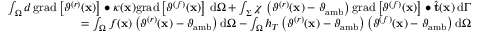
\begin{array} { r } { \int _ { \Omega } d \, \mathrm { g r a d } \left[ \vartheta ^ { ( r ) } ( \mathbf { x } ) \right] \bullet \kappa ( \mathbf { x } ) \mathrm { g r a d } \left[ \vartheta ^ { ( f ) } ( \mathbf { x } ) \right] \, \mathrm { d } \Omega + \int _ { \Sigma } \chi \, \left( \vartheta ^ { ( r ) } ( \mathbf { x } ) - \vartheta _ { \mathrm { a m b } } \right) \mathrm { g r a d } \left[ \vartheta ^ { ( f ) } ( \mathbf { x } ) \right] \bullet \widehat { \mathbf { t } } ( \mathbf { x } ) \, \mathrm { d } \Gamma } \\ { = \int _ { \Omega } f ( \mathbf { x } ) \left( \vartheta ^ { ( r ) } ( \mathbf { x } ) - \vartheta _ { \mathrm { a m b } } \right) \mathrm { d } \Omega - \int _ { \Omega } h _ { T } \left( \vartheta ^ { ( r ) } ( \mathbf { x } ) - \vartheta _ { \mathrm { a m b } } \right) \left( \vartheta ^ { ( f ) } ( \mathbf { x } ) - \vartheta _ { \mathrm { a m b } } \right) \mathrm { d } \Omega } \end{array}